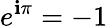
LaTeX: e^{\mathbf{i}\pi}=-1